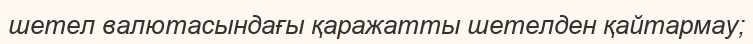
шетел валютасындағы қаражатты шетелден қайтармау;